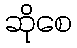
ဆိုစေ